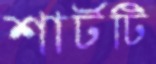
শার্টটি